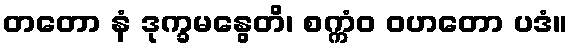
တတော နံ ဒုက္ခမနွေတိ၊ စက္ကံဝ ဝဟတော ပဒံ။